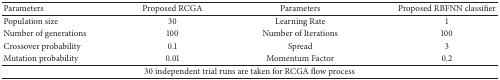
<table><thead><tr><td><b>Parameters</b></td><td><b>Proposed RCGA</b></td><td><b>Parameters</b></td><td><b>Proposed RBFNN classifier</b></td></tr></thead><tbody><tr><td>Population size</td><td>30</td><td>Learning Rate</td><td>1</td></tr><tr><td>Number of generations</td><td>100</td><td>Number of Iterations</td><td>100</td></tr><tr><td>Crossover probability</td><td>0.1</td><td>Spread</td><td>3</td></tr><tr><td>Mutation probability</td><td>0.01</td><td>Momentum Factor</td><td>0.2</td></tr><tr><td colspan="4">30 independent trial runs are taken for RCGA flow process</td></tr></tbody></table>